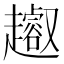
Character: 𧾝